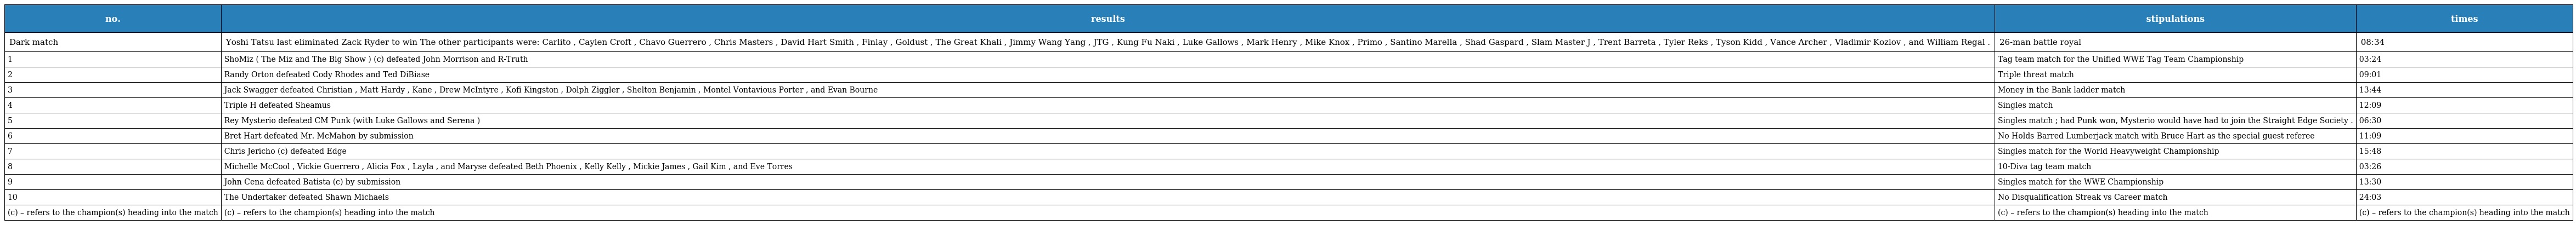
| no. | results | stipulations | times |
 | --- | --- | --- | --- |
 | Dark match | Yoshi Tatsu last eliminated Zack Ryder to win The other participants were: Carlito , Caylen Croft , Chavo Guerrero , Chris Masters , David Hart Smith , Finlay , Goldust , The Great Khali , Jimmy Wang Yang , JTG , Kung Fu Naki , Luke Gallows , Mark Henry , Mike Knox , Primo , Santino Marella , Shad Gaspard , Slam Master J , Trent Barreta , Tyler Reks , Tyson Kidd , Vance Archer , Vladimir Kozlov , and William Regal . | 26-man battle royal | 08:34 |
 | 1 | ShoMiz ( The Miz and The Big Show ) (c) defeated John Morrison and R-Truth | Tag team match for the Unified WWE Tag Team Championship | 03:24 |
 | 2 | Randy Orton defeated Cody Rhodes and Ted DiBiase | Triple threat match | 09:01 |
 | 3 | Jack Swagger defeated Christian , Matt Hardy , Kane , Drew McIntyre , Kofi Kingston , Dolph Ziggler , Shelton Benjamin , Montel Vontavious Porter , and Evan Bourne | Money in the Bank ladder match | 13:44 |
 | 4 | Triple H defeated Sheamus | Singles match | 12:09 |
 | 5 | Rey Mysterio defeated CM Punk (with Luke Gallows and Serena ) | Singles match ; had Punk won, Mysterio would have had to join the Straight Edge Society . | 06:30 |
 | 6 | Bret Hart defeated Mr. McMahon by submission | No Holds Barred Lumberjack match with Bruce Hart as the special guest referee | 11:09 |
 | 7 | Chris Jericho (c) defeated Edge | Singles match for the World Heavyweight Championship | 15:48 |
 | 8 | Michelle McCool , Vickie Guerrero , Alicia Fox , Layla , and Maryse defeated Beth Phoenix , Kelly Kelly , Mickie James , Gail Kim , and Eve Torres | 10-Diva tag team match | 03:26 |
 | 9 | John Cena defeated Batista (c) by submission | Singles match for the WWE Championship | 13:30 |
 | 10 | The Undertaker defeated Shawn Michaels | No Disqualification Streak vs Career match | 24:03 |
 | (c) – refers to the champion(s) heading into the match | (c) – refers to the champion(s) heading into the match | (c) – refers to the champion(s) heading into the match | (c) – refers to the champion(s) heading into the match |